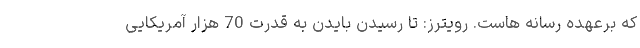
که برعهده رسانه هاست. رویترز: تا رسیدن بایدن به قدرت 70 هزار آمریکایی